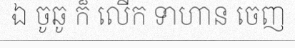
ឯ ចូឆូ ក៏ លើក ទាហាន ចេញ